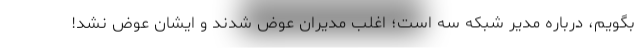
بگویم، درباره مدیر شبکه سه است؛ اغلب مدیران عوض شدند و ایشان عوض نشد!